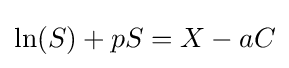
\ln(S)+pS=X-aC